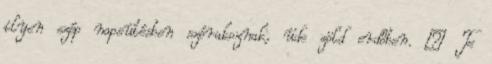
ilyen szép napsütésben szórakoznak, üde zöld erdőben. – Te